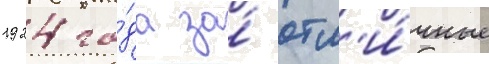
1924 го́да за́ отл'и́чные